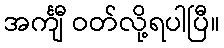
အင်္ကျီ ဝတ်လို့ရပါပြီ။